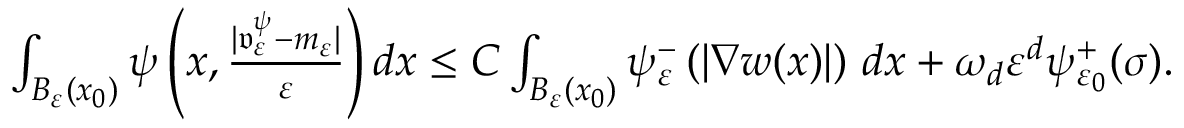
\begin{array} { r } { \int _ { B _ { \varepsilon } ( x _ { 0 } ) } \psi \left( x , \frac { | \mathfrak { v } _ { \varepsilon } ^ { \psi } - m _ { \varepsilon } | } { \varepsilon } \right) d x \leq C \int _ { B _ { \varepsilon } ( x _ { 0 } ) } \psi _ { \varepsilon } ^ { - } \left( \left| \nabla w ( x ) \right| \right) \, d x + \omega _ { d } \varepsilon ^ { d } \psi _ { \varepsilon _ { 0 } } ^ { + } ( \sigma ) . } \end{array}